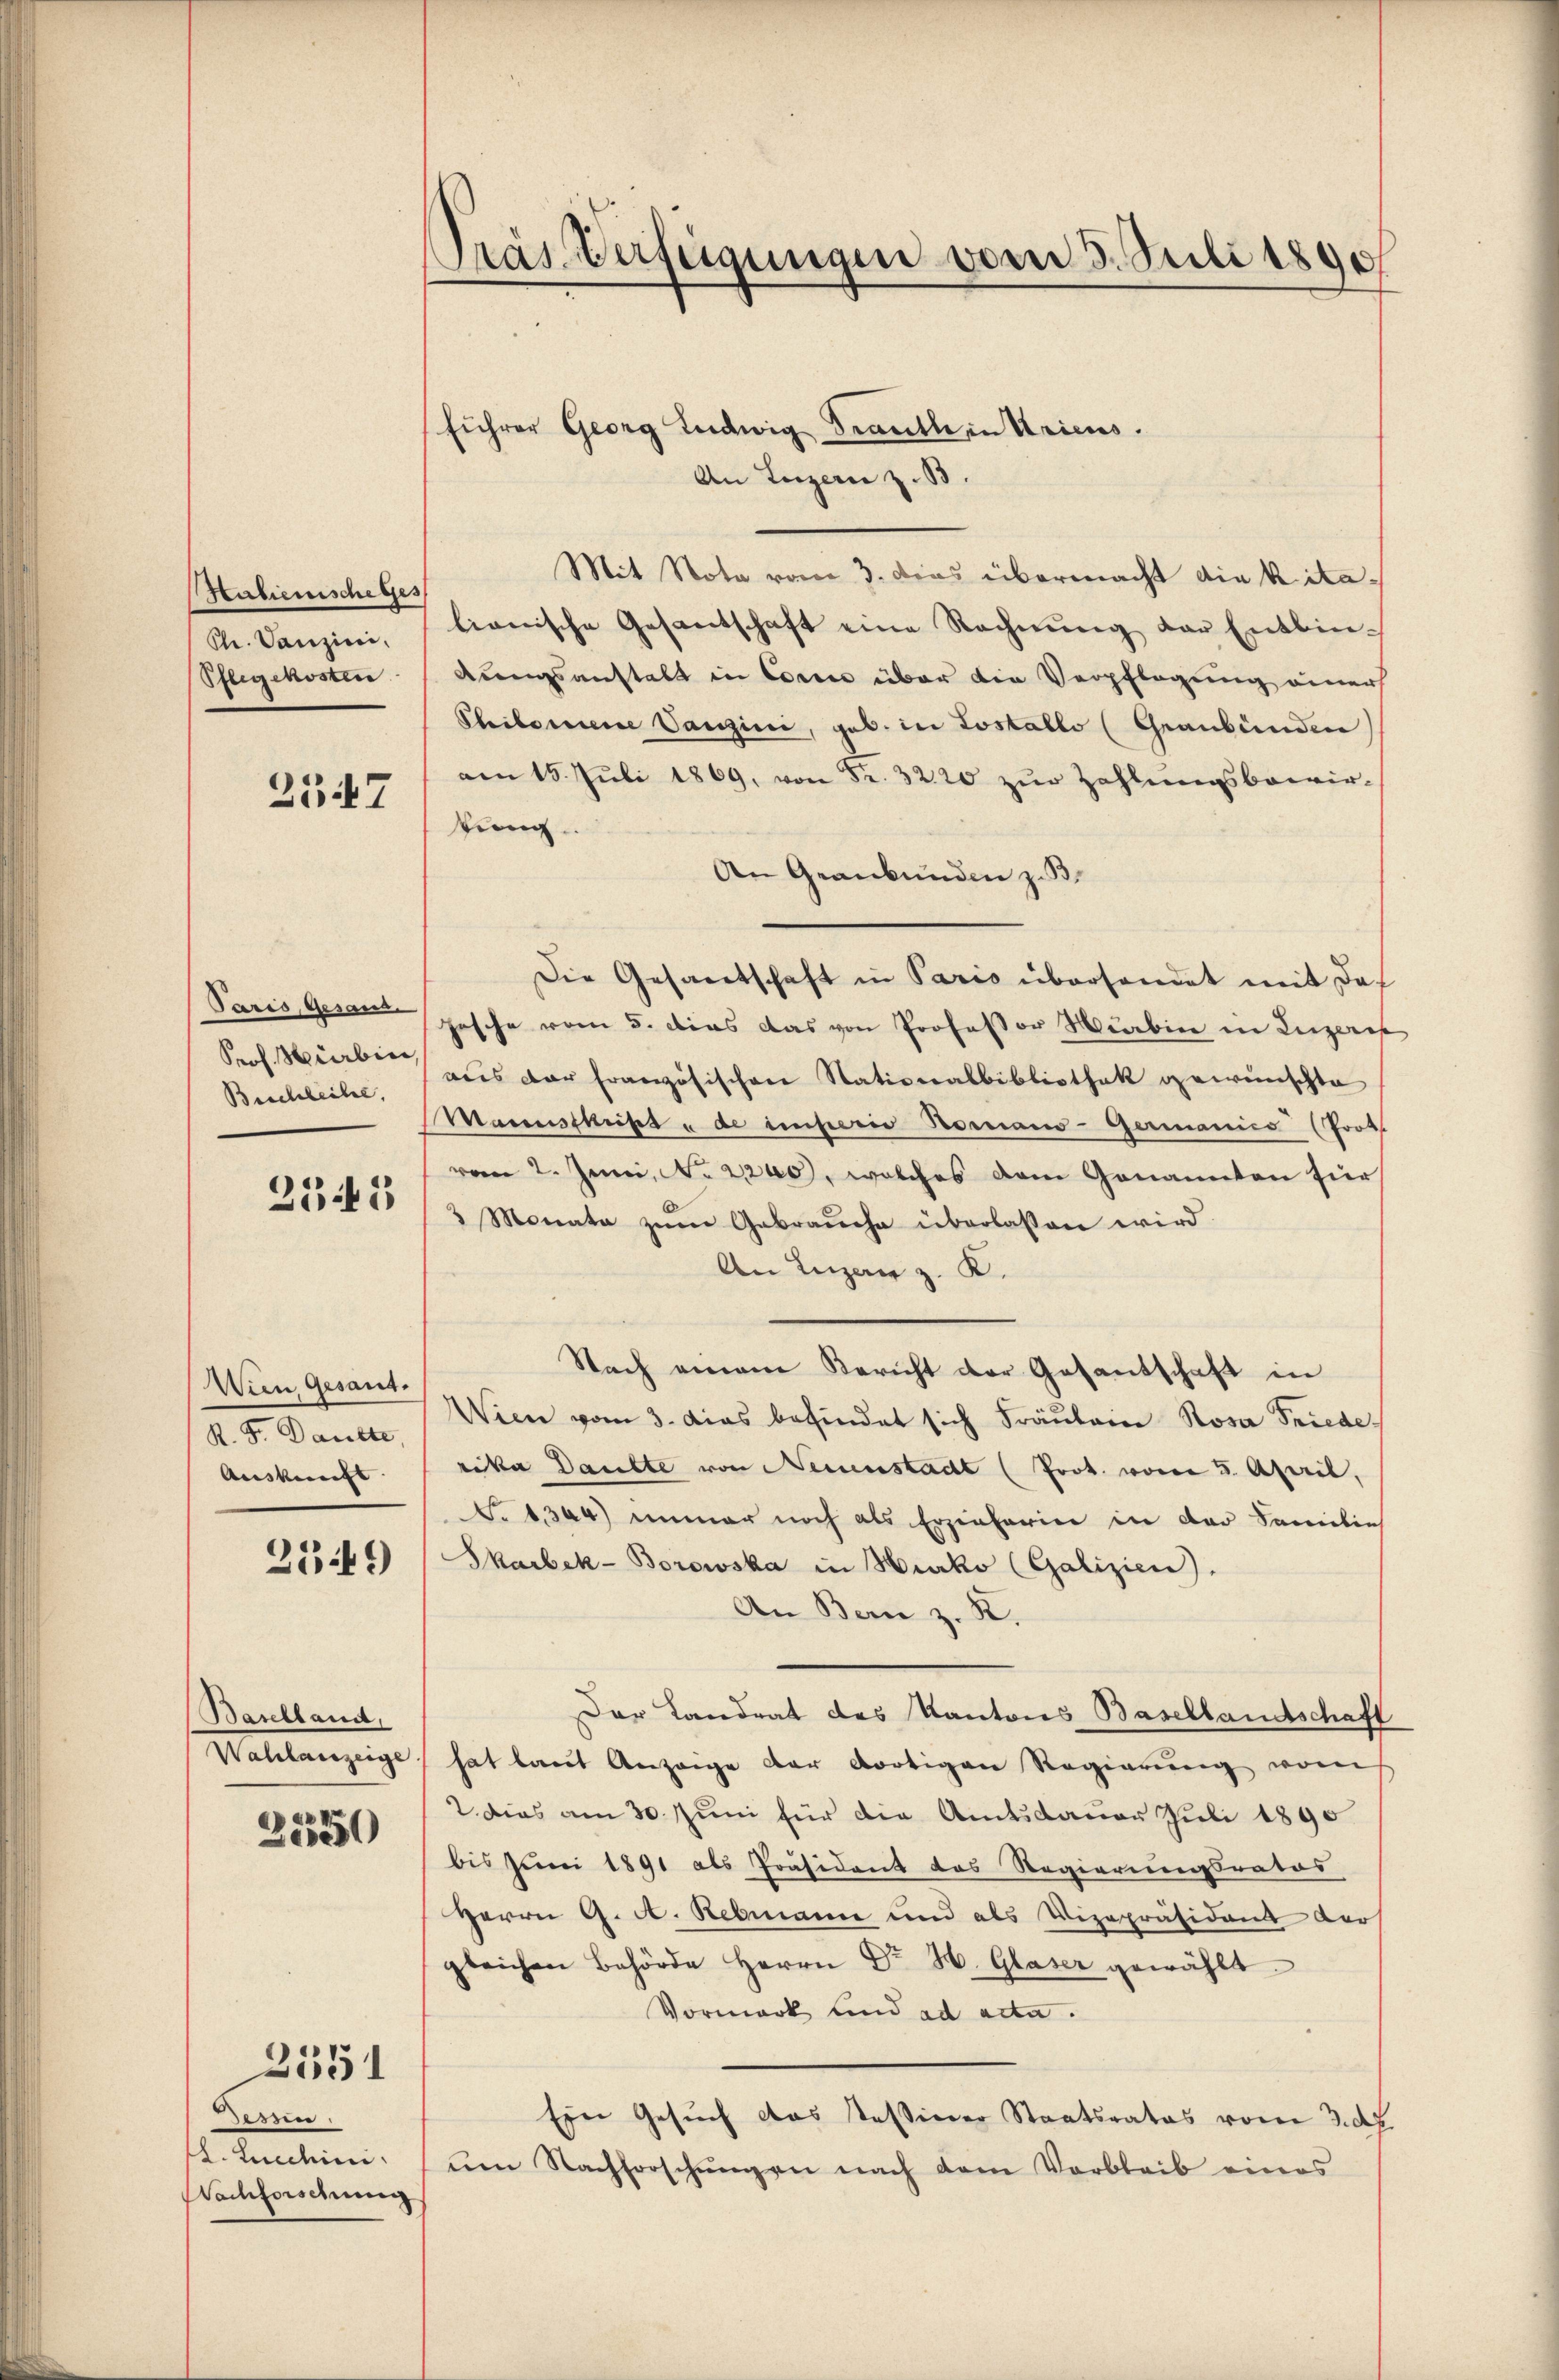
Halienische ges
Chr. Danzini.
Pflegekosten

2547

Paris, Gesand¬
Prof. Hierbin,
Beschleihe,

2341

Wien Gesant.
K. Fr. Dantte,
Auskunft

2149)

Baselland,
Wahlanzeige

2550

dessen.
l. Ludini
Nachforschung

2551

führer Georg Ludwig Trauth in Kriens.
An Luzern z. B.
Mit Nota vom 3. Dies übermacht die kitalianische Gesantschaft eine Rechnŭng der Entbindungsanstalt in Corre über die Verpflegung einer
Chiborene Vanzini, geb. in Lostallo (Graubünden
am 15. Juli 1869, von Fr. 3220 zŭr Zahlungsbewirtung.
An Graubünden z. B.
Die Gesantschaft in Paris überhandet mit das
Fasche vom 5. dies das von Professor Marbier in Luzer
aus der Französischen Nationalbibliothek gewünschte
Manuskript u de imperio Romano-Germanico (Prot
vom 2. Juni, No 2200, welches dem Genannten für
3 Monata zum Gebrauche überlassen wird
An Lugan z. K.
Nach einem Bericht der Gesantschaft in
Wien vom 3. das befindet sich Fräŭlein Rosa Friede
rika Daubte von Neuenstadt (Prot. vom 5. April.
S. 1304) immer noch als Erzieherin in der Familie
Skarbek-Borowska in Niko (Galizien).
An Bern z. R.
Der Landrat des Kantons Basellandschaft
hat laut Anzeige der dortigen Regierung vom
2. Dies am 30. Juni für die Amtsdauer Juli 1890
bis Juni 1891 als Präsident des Regierungsrates
Herrn G. A. Rebmanne und als Vizepräsident der
gleichen Behörde Herrn Dr H. Glaser gewählt.
Vormark und ad acta.
Ein Gesuch das stessiner Staatsrates vom 3. d
um Nachforschŭngen nach dem Verbleib eines

Pras Verfügungen vom 3. Juli 1890